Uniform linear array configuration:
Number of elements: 16
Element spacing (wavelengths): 1
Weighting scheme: exponential
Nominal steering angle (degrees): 45
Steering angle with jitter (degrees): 45.853
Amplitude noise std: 0.05
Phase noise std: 0.05

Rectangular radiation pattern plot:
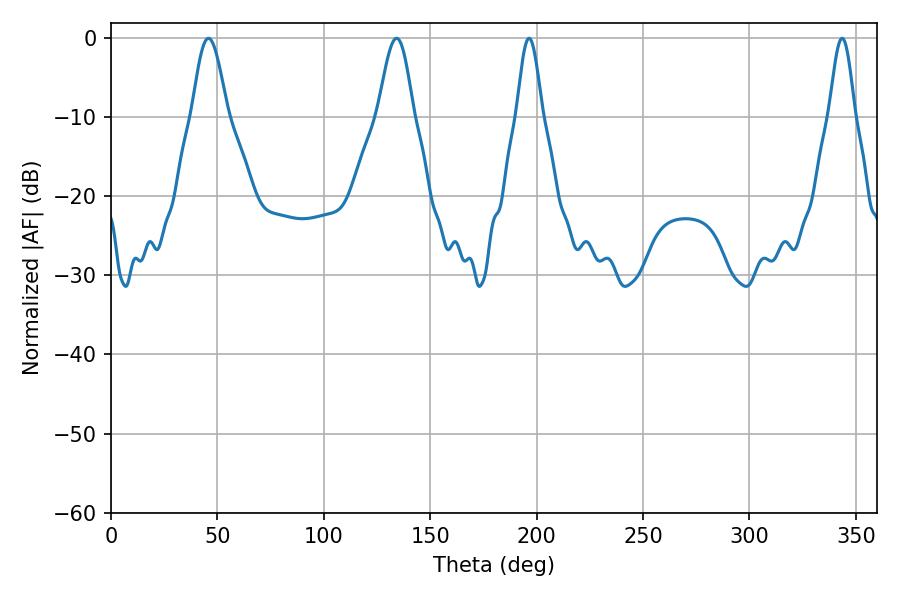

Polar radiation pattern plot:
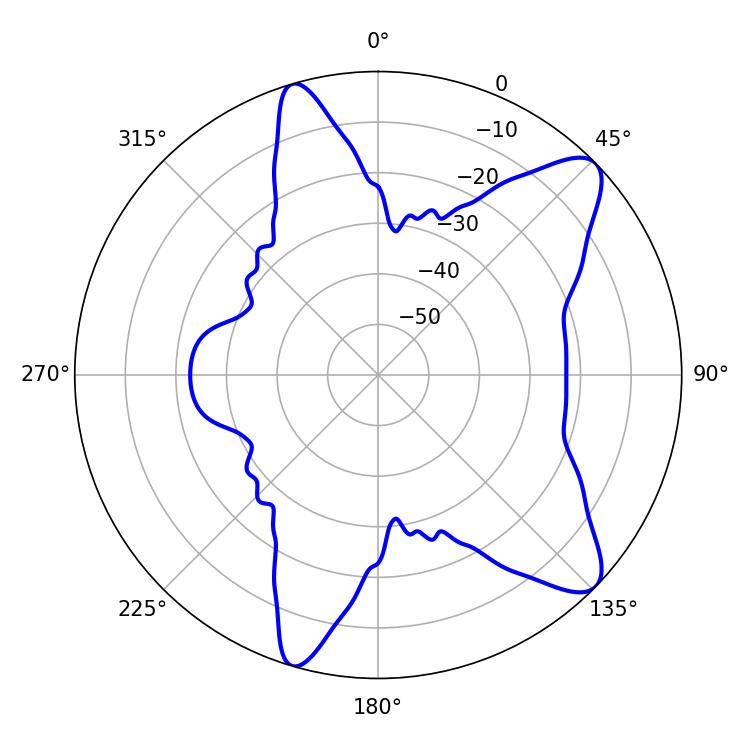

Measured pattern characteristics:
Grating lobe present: TRUE
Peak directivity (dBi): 10.173
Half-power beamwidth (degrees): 8.82
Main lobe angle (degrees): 45.72